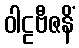
ဝါဠဗီဇနိံ